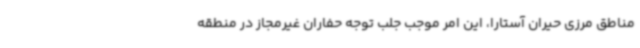
مناطق مرزی حیران آستارا، این امر موجب جلب توجه حفاران غیرمجاز در منطقه